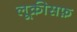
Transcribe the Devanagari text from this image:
लूक्रीसफ़